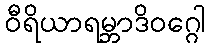
ဝီရိယာရမ္ဘာဒိဝဂ္ဂေါ